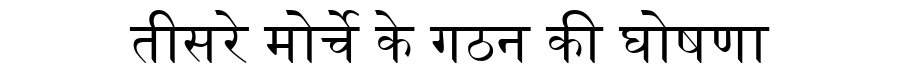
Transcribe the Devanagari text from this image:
तीसरे मोर्चे के गठन की घोषणा